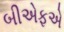
બીએફએ